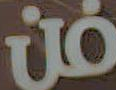
فن